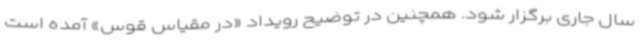
سال جاری برگزار شود. همچنین در توضیح رویداد «در مقیاس قوس» آمده است